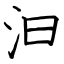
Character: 汩